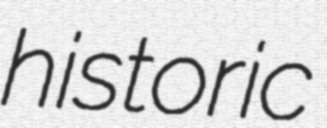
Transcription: historic